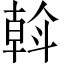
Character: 斡